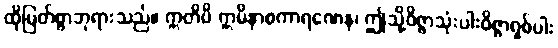
ထိုမြတ်စွာဘုရားသည်။ ဣတိပိ ဣမိနာစကာရဏေန၊ ဤသို့ဝိဇ္ဇာသုံးပါးဝိဇ္ဇာရှစ်ပါး